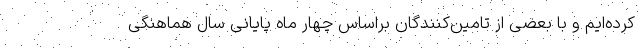
کرده‌ایم و با بعضی از تامین‌کنندگان براساس چهار ماه پایانی سال هماهنگی